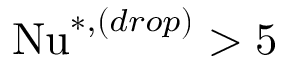
\mathrm { N u } ^ { * , ( d r o p ) } > 5